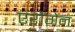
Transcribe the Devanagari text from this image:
एरोगेन